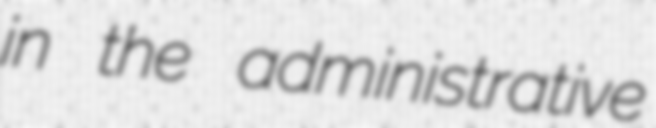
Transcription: in the administrative